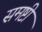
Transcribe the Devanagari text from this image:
समष्टी